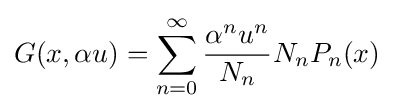
G(x,\alpha u)=\sum _{n=0}^{\infty }{\frac {\alpha ^{n}u^{n}}{N_{n}}}N_{n}P_{n}(x)